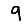
Digit: 9